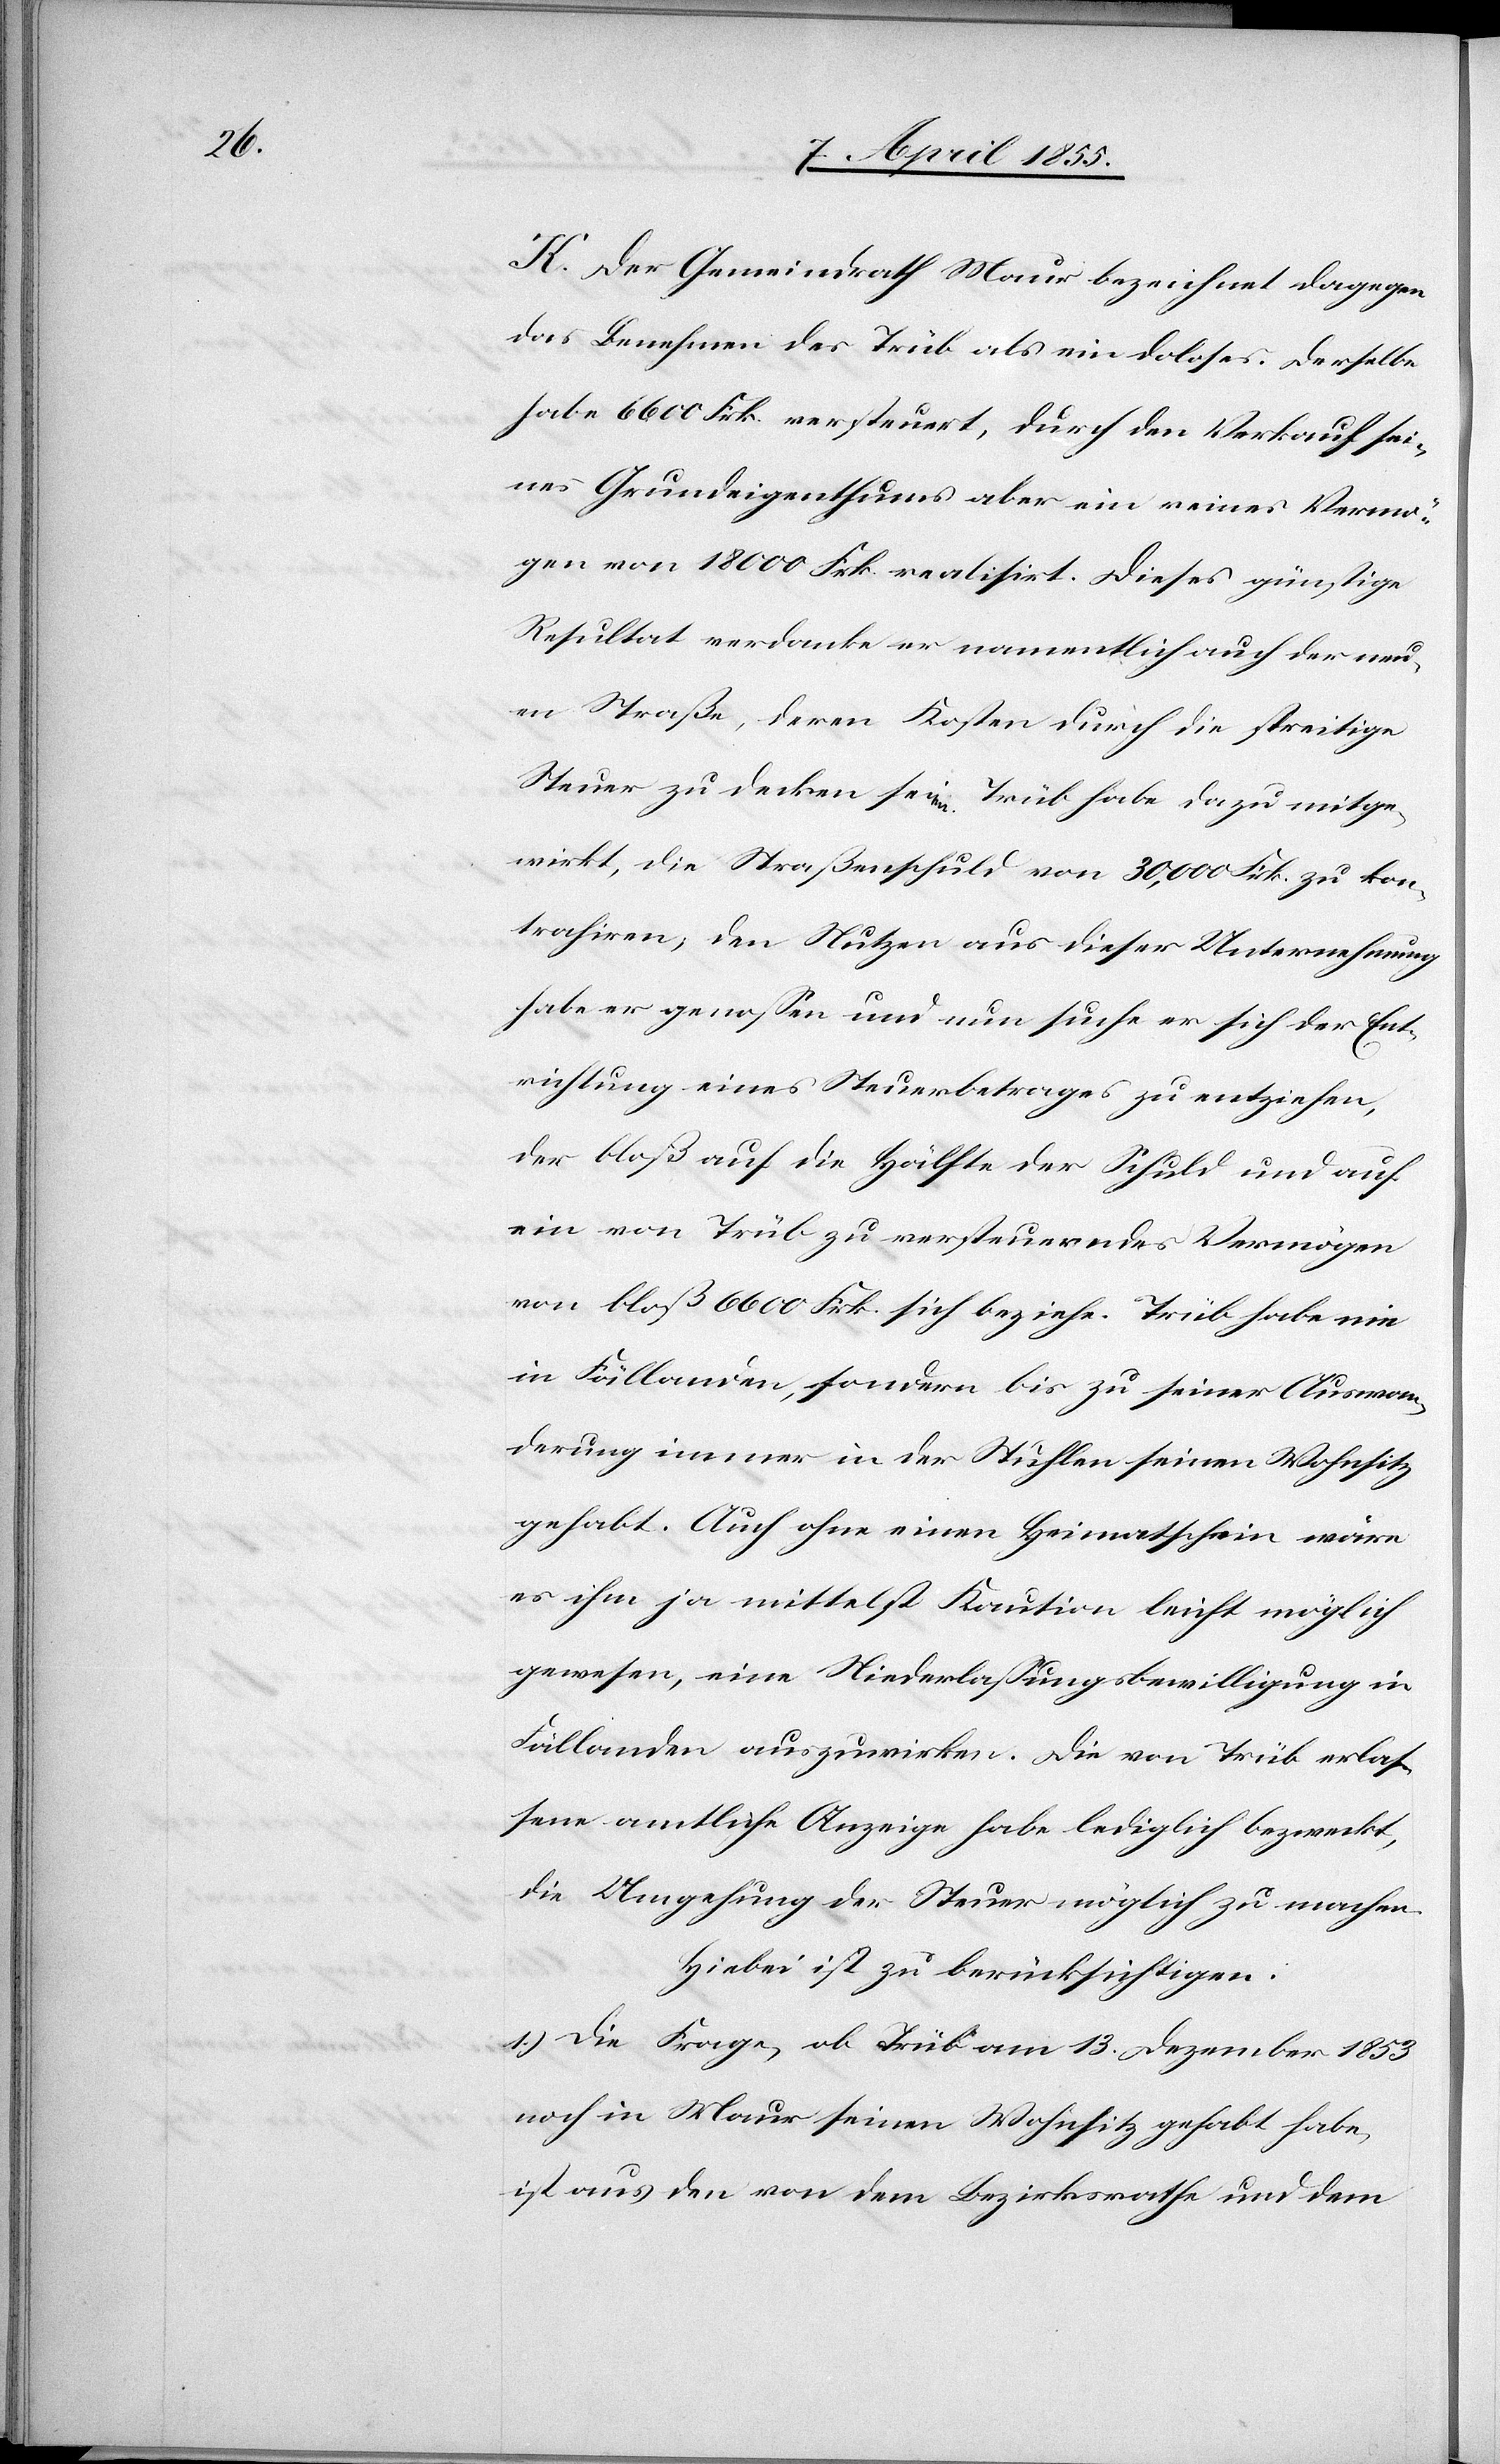
K. Der Gemeindrath Maur bezeichnet dagegen
das Benehmen des Trüb als ein doloses. Derselbe
habe 6600 Frk. versteuert, durch den Verkauf sei¬
nes Grundeigenthums aber ein reines Vermö¬
gen von 18 000 Frk. realisirt. Dieses günstige
Resultat verdanke er namentlich auch der neu¬
en Straße, deren Kosten durch die streitige
Steuer zu decken seien. Trüb habe dazu mitge¬
wirkt, die Straßenschuld von 30,000 Frk. zu kon¬
trahiren, den Nutzen aus dieser Unternehmung
habe er genossen und nun suche er sich der Ent¬
richtung eines Steuerbetrages zu entziehen,
der bloß auf die Hälfte der Schuld und auf
ein von Trüb zu versteuerndes Vermögen
von bloß 6600 Frk. sich beziehe. Trüb habe nie
in Fällanden, sondern bis zu seiner Auswan¬
derung immer in der Stuhlen seinen Wohnsitz
gehabt. Auch ohne einen Heimatschein wäre
es ihm ja mittelst Kaution leicht möglich
gewesen, eine Niederlassungsbewilligung in
Fällanden auszuwirken. Die von Trüb erlas¬
sene amtliche Anzeige habe lediglich bezweckt,
die Umgehung der Steuer möglich zu machen.
Hiebei ist zu berücksichtigen:
1.) Die Frage, ob Trüb am 13. Dezember 1853
noch in Maur seinen Wohnsitz gehabt habe,
ist aus den von dem Bezirksrathe und dem